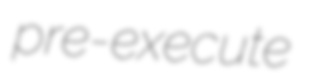
pre-execute